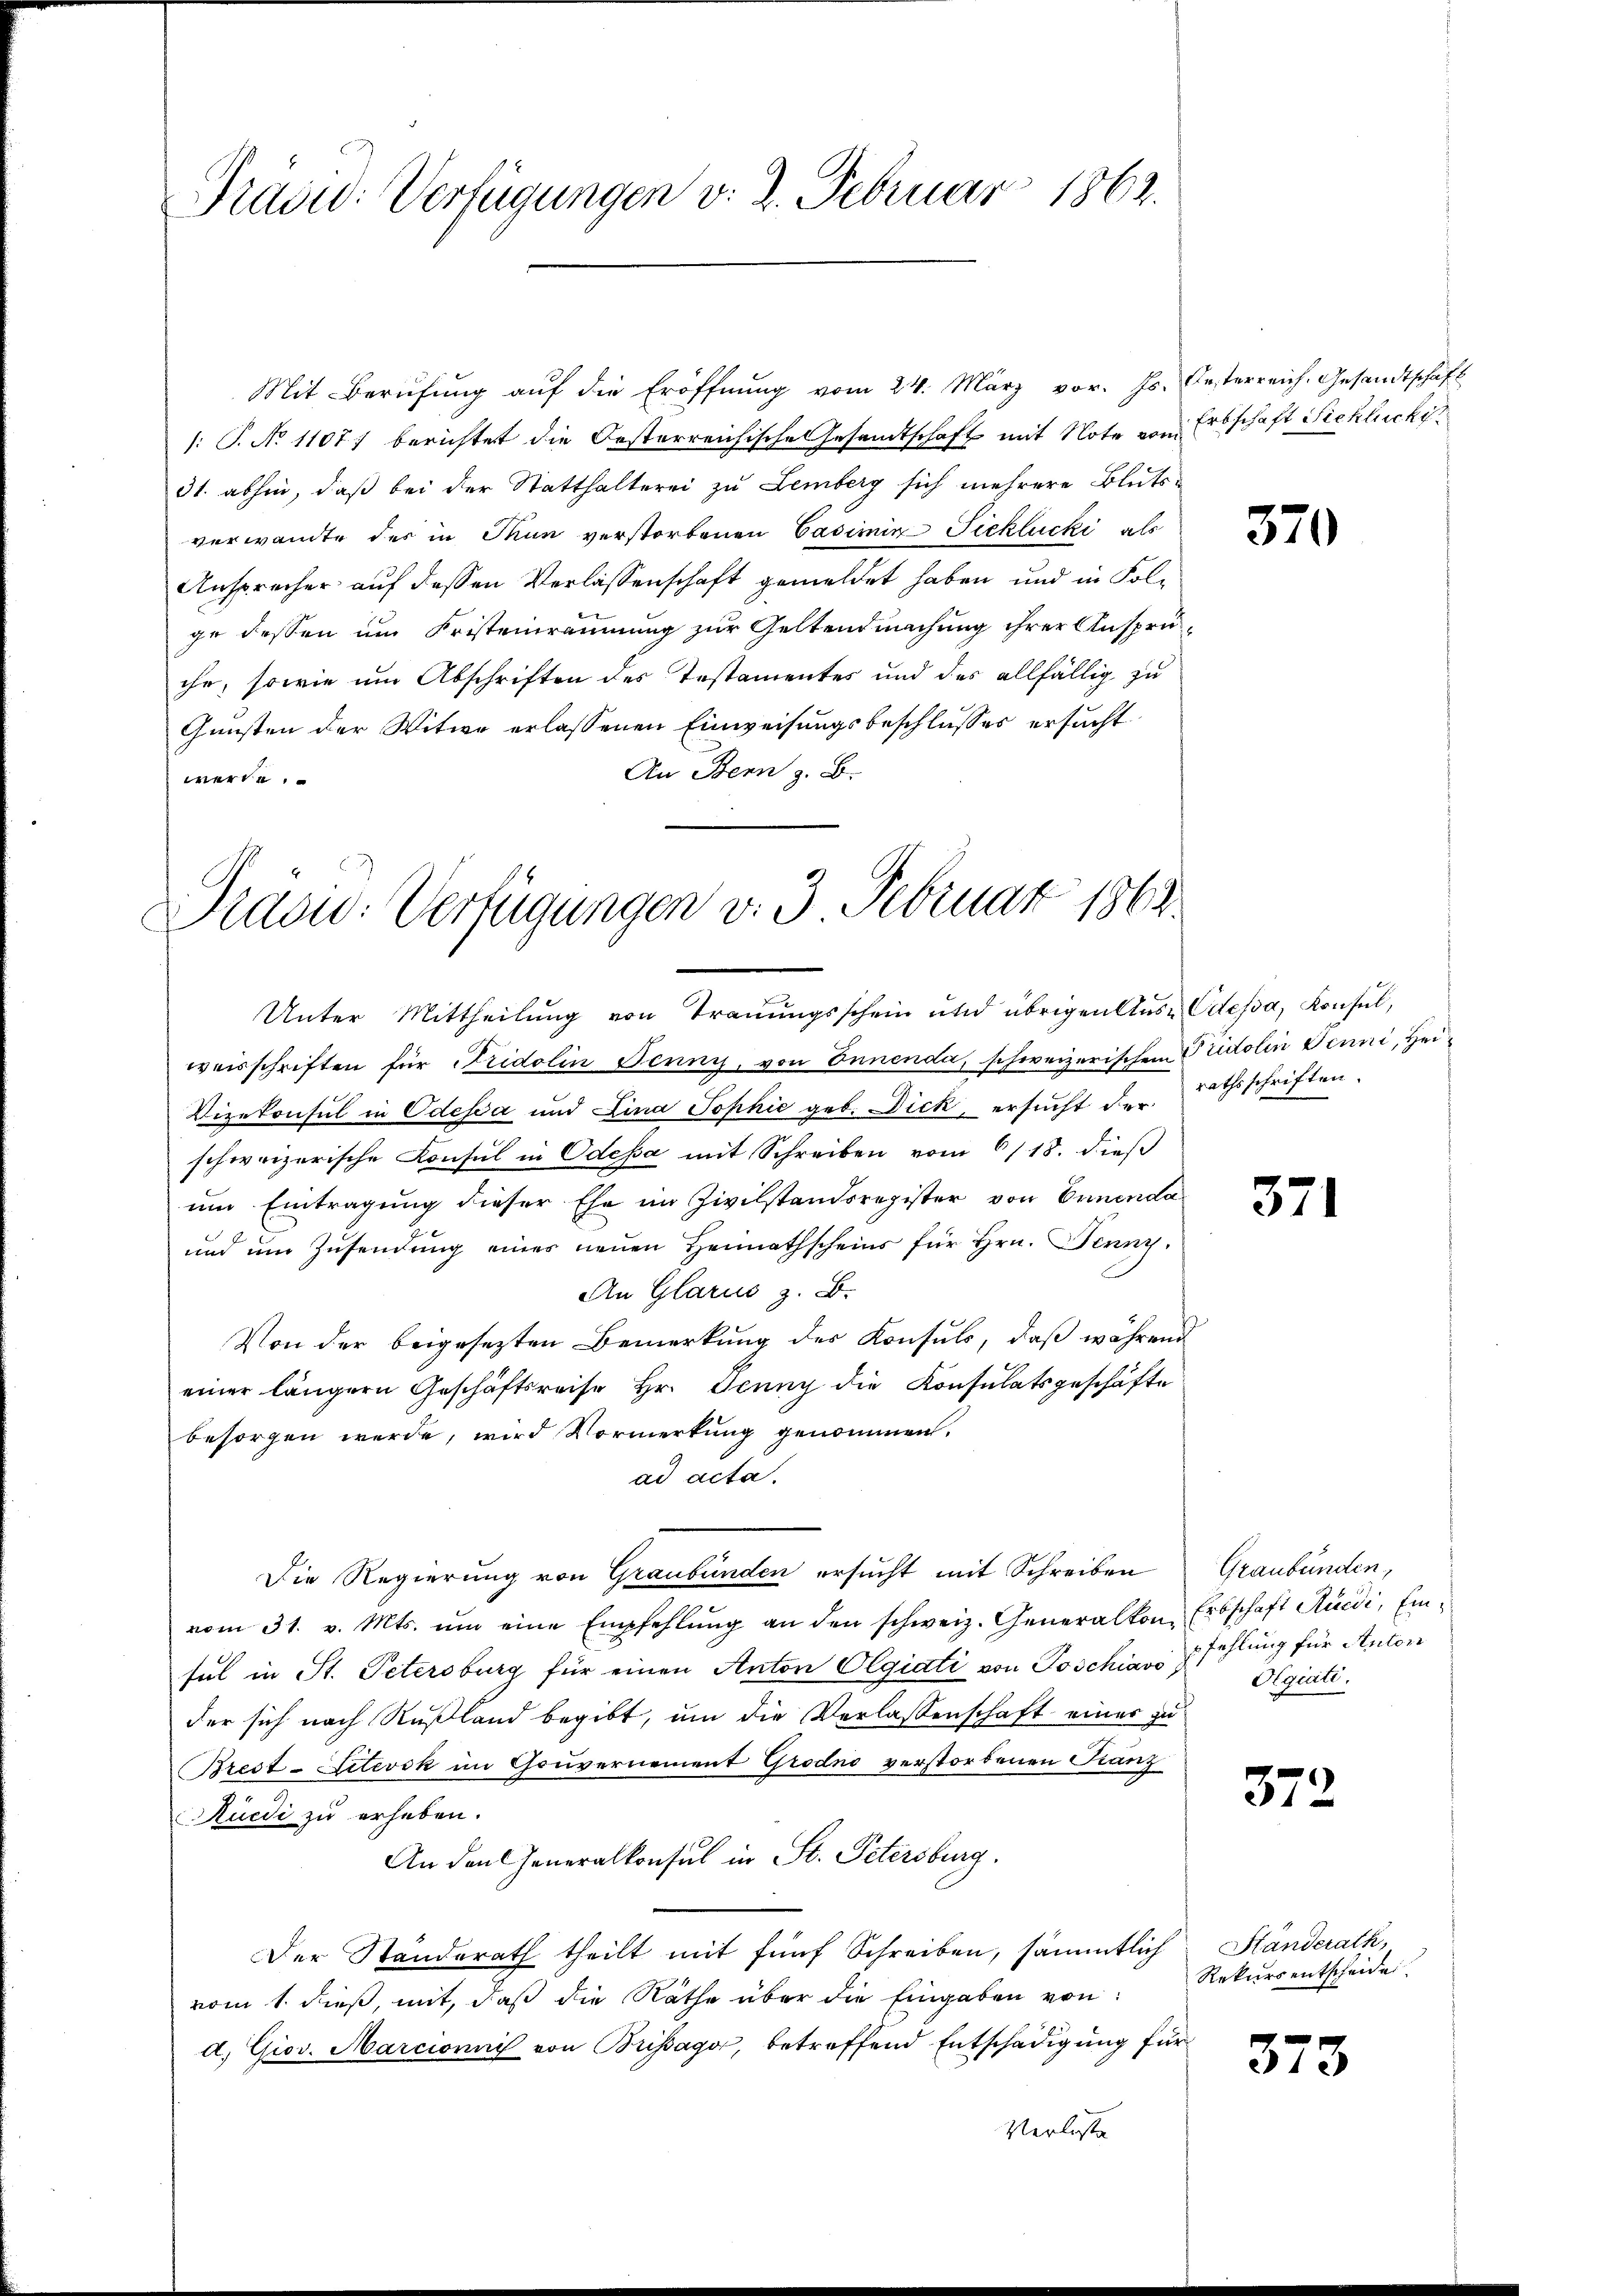
Präsid. Verfügungen v. 2. Februar 1862.

Mit Berŭfŭng aŭf die Eröffnŭng vom 24. März vor. Js. Gesterreich. Gesandtschaft
/: P. No 1107) berichtet die Oesterreichische Gesandtschaft mit Note vom Erbschaft Sichlucki
31. abhin, daß bei der Statthalterei zu Lemberg sich mehrere Bluts-
verwandte des in Thun verstorbenen Casimin Ficklucki als
Ansprecher auf dessen Verlassenschaft gemeldet haben und in Folge dessen um Fristeinräumung zur Geltendmachung ihrer Ansprüche, sowie um Abschriften des Testamentes und des allfällig zu
Gunsten der Witwe erlassenen Einweisungsbeschlusses ersucht.
An Bern z. B.
werde.

Pravio: Verfügungen v. 3. Februar 1862
Unter Mittheilung von Trauungsschein und übrigen Aus dessa, Konsul,

weisschriften für Fridolin Jenny, von Innenda, schweizerischen Prutolin Jenni, Hei¬
Vizekonsul in Odessa und Lina Sophie geb. Dick, ersucht der Rathsschriften.
schweizerische Konsul in Odessa mit Schreiben vom 6/18. dieß
um Eintragung dieser Ehe im Zivilstandsregister von Ennenda
und um Zusendung eines neuen Heimathscheins für Hrn. Jenny.
An Glarus z. B.
Von der beigesetzten Bemerkung des Konsuls, daß während
einer längern Geschäftsreise Hr. Jenny die Konsulatsgeschäfte
besorgen werde, wird Vormerkung genommen.
ad acta.
Die Regierung von Graubünden ersucht mit Schreiben
vom 31. v. Mts. ŭm eine Empfehlŭng an den schweiz. Generalkon
sul in St. Petersburg für einen Anton Olgiati von Poschiavo
der sich nach Rußland begibt, um die Verlassenschaft einer zu
Brest-itevok im Gouvernement Grodo verstorbenen Franz
Rüedi zu erheben.
An den Generalkonsul in St. Petersburg.
Der Standerath theilt mit fünf Schreiben, sämmtlich
vom 1. dieß, mit, daß die Räthe über die Eingaben von
d. Giov. Marcionni von Brissago, betreffend Entschädigung für
Verluste

370

371

Graubünden,
Erbschaft Rüedi, Einpfehlung für Anton
Olgiati.

372

Ständerath,
Rekurs entscheides.

373